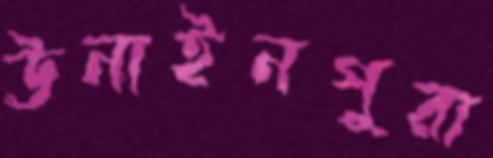
ঊনাইনপুরা